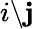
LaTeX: i\backslash\mathbf{j}